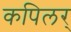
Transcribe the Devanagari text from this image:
कपिलर्